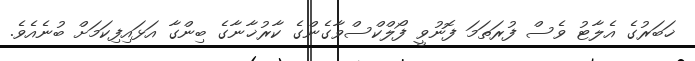
ޚަބަރުގެ އެލާޓު ވެސް ފުރަތަމަ ފޮނުވީ ފޯލްކްސްވާގެންގެ ކާރުޚާނާގެ ބިންގާ އަޅައިފިކަމަށް ބުނެއެވެ.